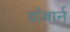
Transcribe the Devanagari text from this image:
डॉबार्न